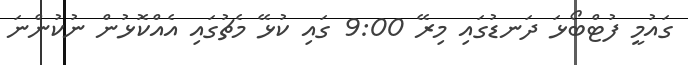
ގައުމީ ފުޓްބޯޅަ ދަނޑުގައި މިރޭ 9:00 ގައި ކުޅޭ މެޗުގައި އެއްކޮޅުން ނުކުންނަ